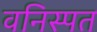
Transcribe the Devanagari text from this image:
वनिस्पत